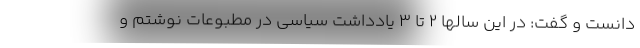
دانست و گفت: در این سالها ۲ تا ۳ یادداشت سیاسی در مطبوعات نوشتم و